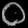
Digit: ၀